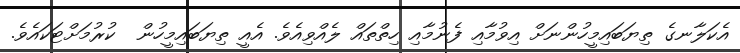
އެކަލާނގެ ތިޔަބައިމީހުންނަށް އިވުމާއި ފެނުމާއި ހިތްތައް ލެއްވިއެވެ. އެއީ ތިޔަބައިމީހުން  ކުރުމަށްޓަކައެވެ.